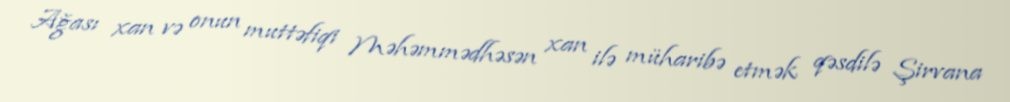
Ağası xan və onun muttəfiqi Məhəmmədhəsən xan ilə müharibə etmək qəsdilə Şirvana